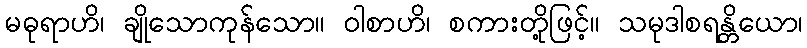
မဓုရာဟိ၊ ချိုသောကုန်သော။ ဝါစာဟိ၊ စကားတို့ဖြင့်။ သမုဒါစရန္တိယော၊